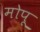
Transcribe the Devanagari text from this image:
मोपू